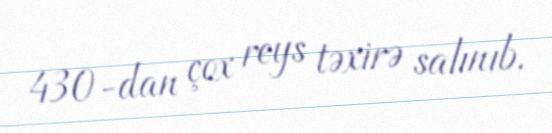
430-dan çox reys təxirə salınıb.